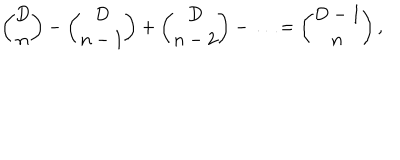
LaTeX: { \binom { D } { n } } - { \binom { D } { n - 1 } } + { \binom { D } { n - 2 } } - \ldots = { \binom { D - 1 } { n } } \, ,